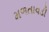
મળતાવડી